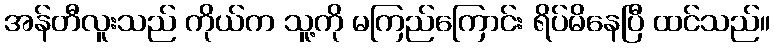
အန်တီလူးသည် ကိုယ်က သူ့ကို မကြည်ကြောင်း ရိပ်မိနေပြီ ထင်သည်။